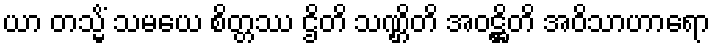
ယာ တသ္မိံ သမယေ စိတ္တဿ ဌိတိ သဏ္ဌိတိ အဝဋ္ဌိတိ အဝိသာဟာရော